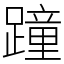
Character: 蹱